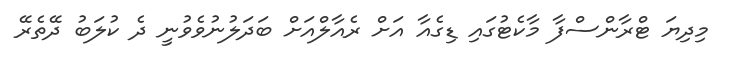
މިދިޔަ ޓްރާންސްފާ މާކެޓުގައި ޑިގެއާ އަށް ރެއާލްއަށް ބަދަލުނުވެވުނީ ދެ ކުލަބު ދޭތެރޭ